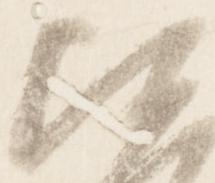
比